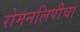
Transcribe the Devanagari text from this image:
रोमनलिपीचा